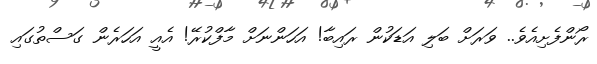
ރޯންފެށިއެވެ.. ވަރަށް ބަލި އަޑަކުން ރައިބާ! އަހަންނަށް މާފްކުރޭ! އެއީ އަހަރެން ގަސްތުގައި